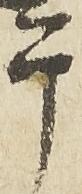
于